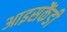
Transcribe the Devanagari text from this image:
आइसकैंडी